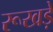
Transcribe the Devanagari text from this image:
रूखड़े